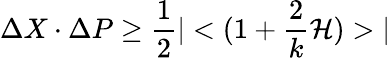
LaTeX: \Delta X\cdot\Delta P\geq\frac{1}{2}|<(1+\frac{2}{k}{\cal H})>|